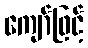
ကျော်ဖြင့်